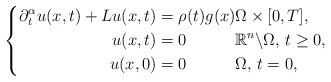
LaTeX: \begin{align*}\left\{\begin{aligned}\partial_{t}^{\alpha}u(x,t) + Lu(x,t) & = \rho(t)g(x) \Omega\times[0,T], \\u(x,t) & = 0 \quad\quad\quad\mathbb{R}^{n}\backslash\Omega, \, t\geq 0, \\u(x,0) & = 0 \quad\quad\quad\Omega,\, t = 0,\end{aligned}\right.\end{align*}